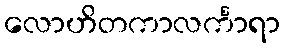
လောဟိတကာလင်္ကာရာ